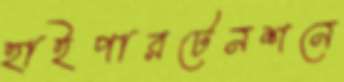
হাইপারটেনশনে